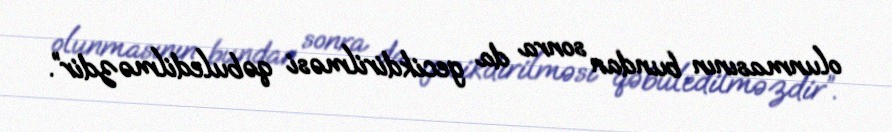
olunmasının bundan sonra da gecikdirilməsi qəbuledilməzdir”.